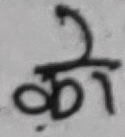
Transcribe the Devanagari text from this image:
को